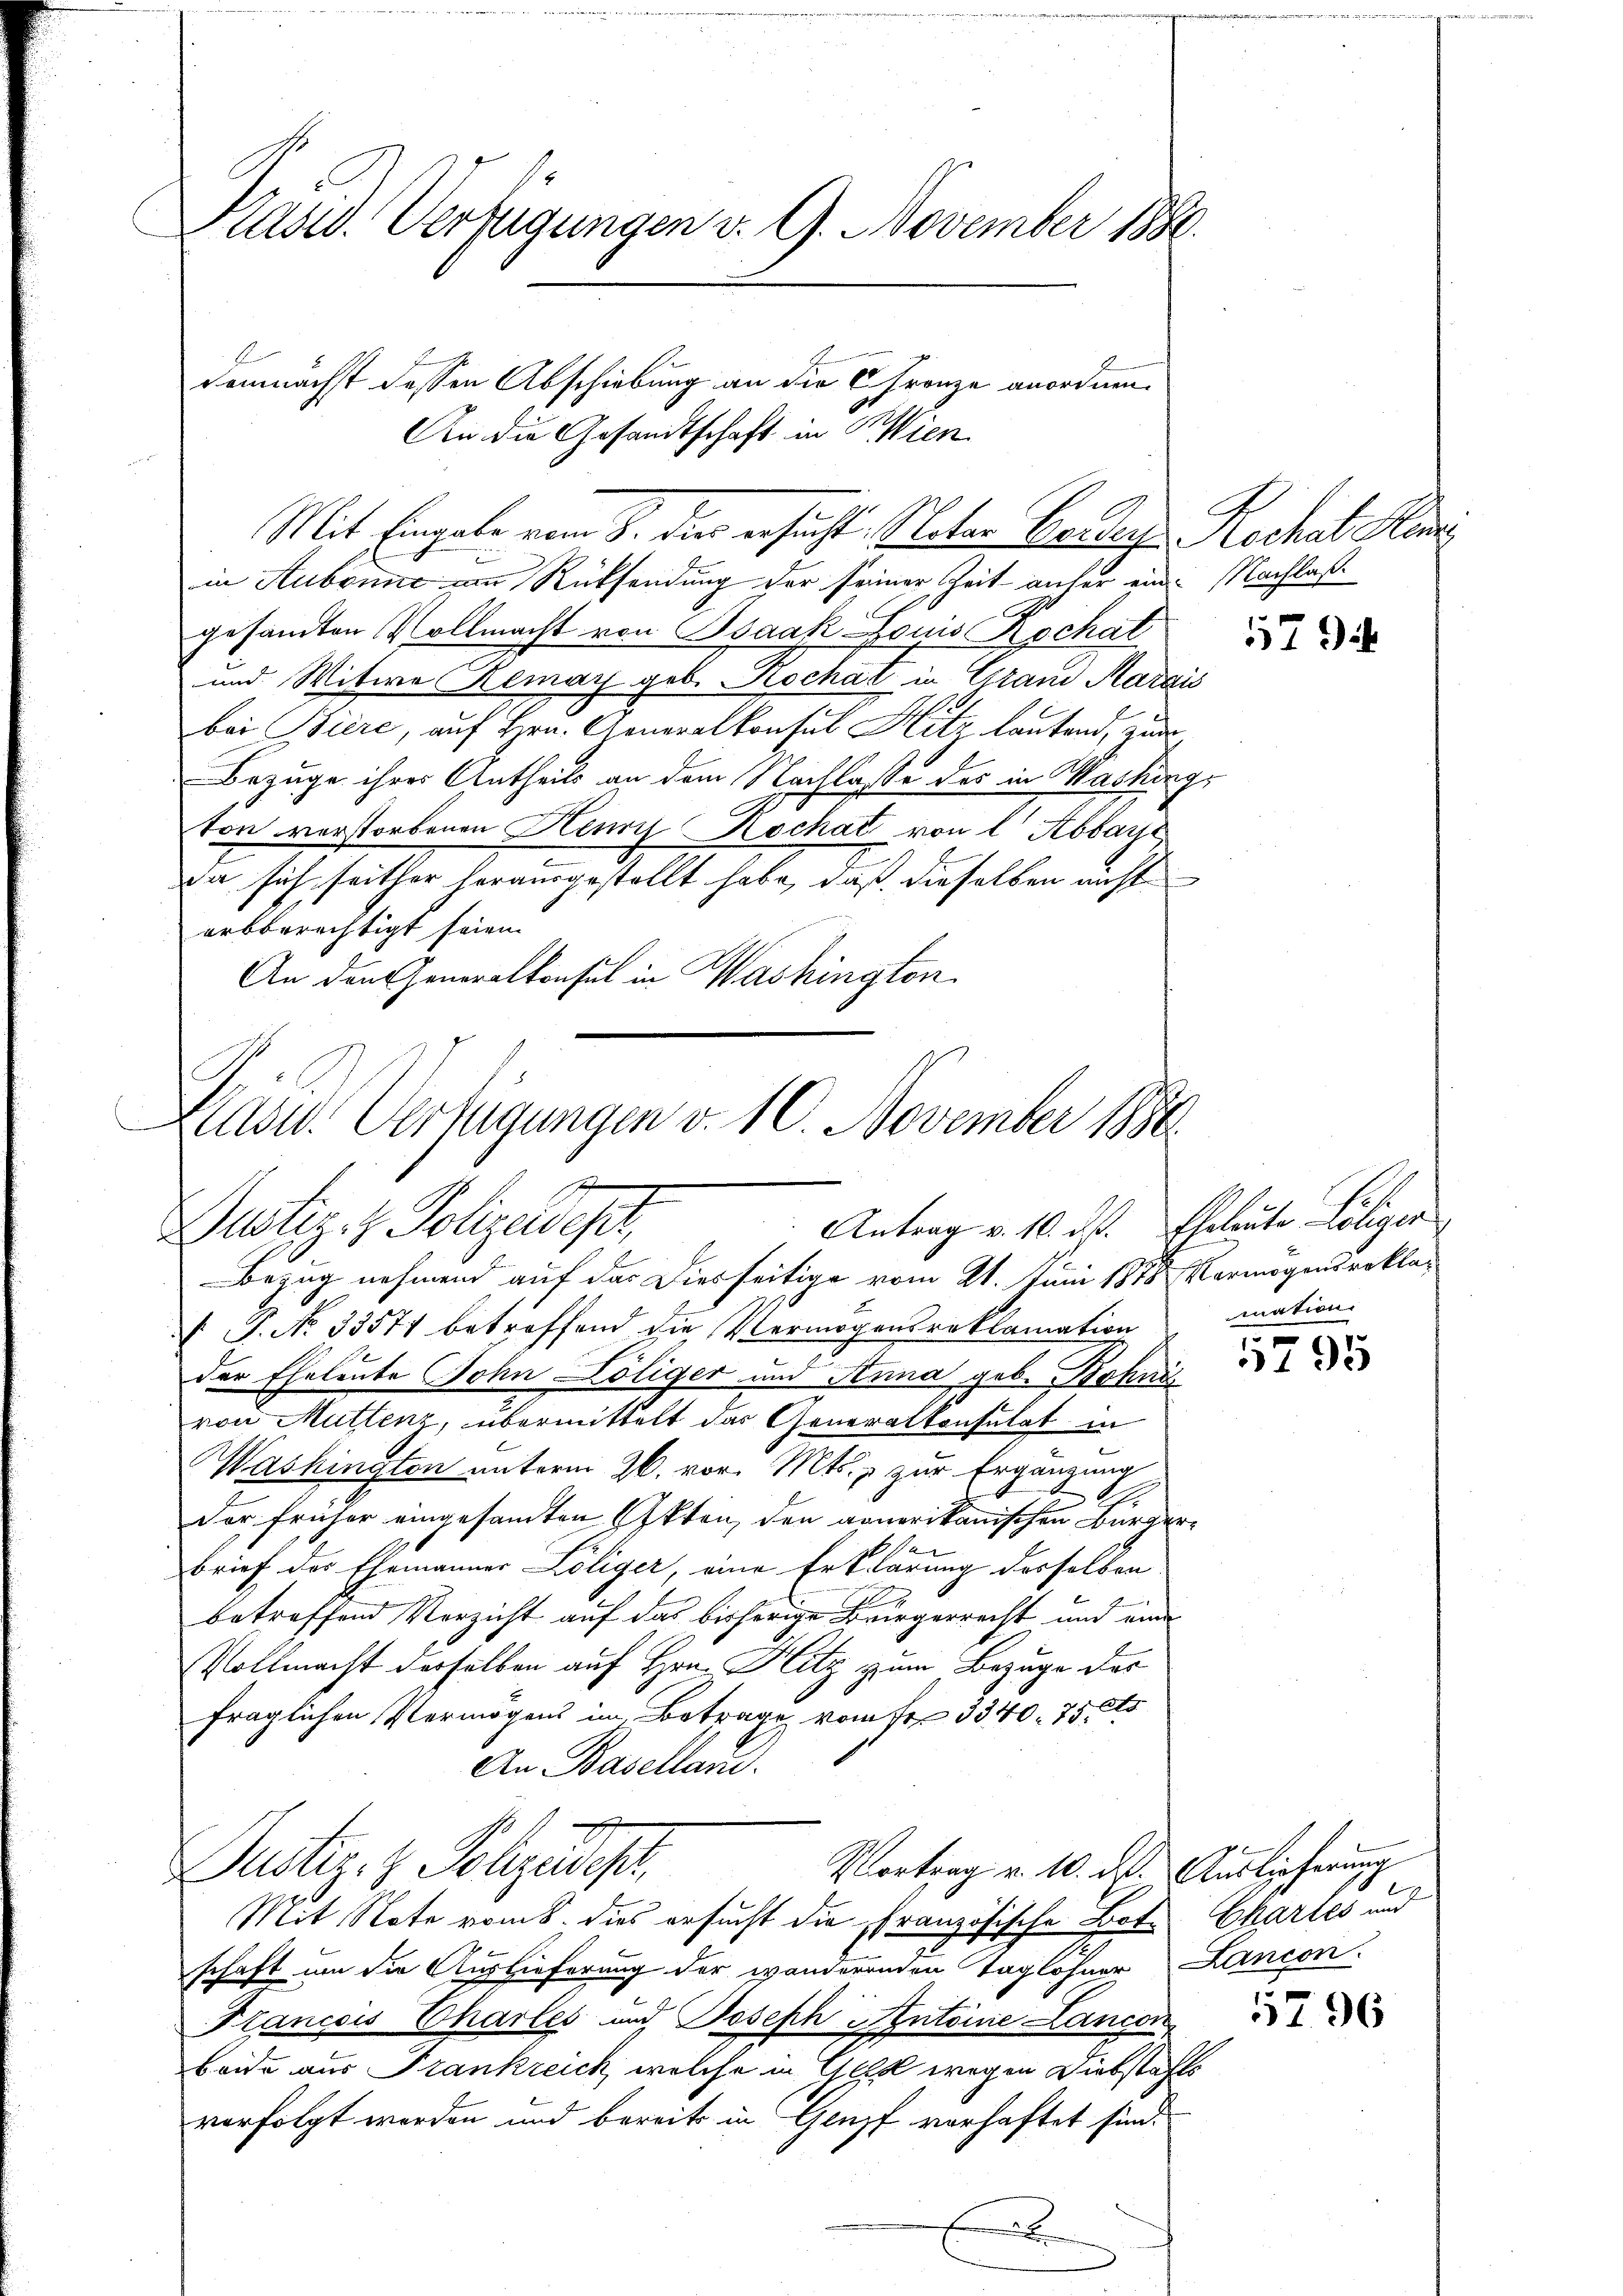
Kasid. Verfügungen v. 9. November 1880.

demnächst dessen Abschiebung an die 6 Franze anordnen.
An die Gesandtschaft in Wien
Mit Eingabe vom 8. der ersucht, Vater Bedach Rochat Mari

in Aubonne am Rücksendung der seiner Zeit anfer ein Nachlaßgesandten Vollmacht von Isaak Louis Kochat
und Witwe Remar geb. Rochat in Gran Marais
bei Biere, auf Hrn. Generalkonsul Hitz lautend, zum
Bezuge ihres Antheils an dem Nachlasse des in Washing,
ton vorstorbenen Henns Kochat von l Abbaye
da sich seither herausgestellt habe, daß dieselben nicht
arbberechtigt seien.
An den Generalkonsul in Washington

Eides Verfügungen v. 10. November 1890.
Ich
Antrag v. 10. ds. Eheleute Litiger
Dustiz- & Polizeidest,

Bezug nehmend auf das Diesseitige vom 21. Juni 1875. Vermögensrekla¬
 P. No 33574 betreffend die Vermögensreklamation
der Eheleute John Cöliger um Anna geb. Bohnes
von Müllenz, übermittelt das Generalkonsulat in
Washington unterm 26. vor. Mts., zur Ergänzung
Der früher eingesandten Akten, den armerikanischen Bürger¬
Brief des Ehemänner Löliger, eine Erklärung desselben
betreffend Verzicht auf das bisherige Bürgerrecht und eine
Vollmacht derselben auf Hrn. Hitz zum Bezuge das
fraglichen Vermögens im Betrage vom fr. 3340. 75. s
An Basellan
Justiz- & Sohzudeh
Vortrag v. 10. ds. Auslicherung
Mit Note vom 8. dies ersucht die Französische Bote Chartes und
schaft um die Auslieferung der wanderenden Taglöhner Lancon
Ptanicis Chartes und Joseph Antoine Lancon
beide aus Frankreich, welche in Geld wegen Diebstafts
vorfolgt worden und bereits in Gempf verhaftet sind.
x

g

57

mation

1795

1796